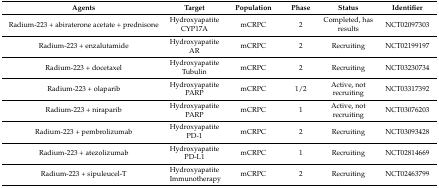
<table><thead><tr><td><b>Agents</b></td><td><b>Target</b></td><td><b>Population</b></td><td><b>Phase</b></td><td><b>Status</b></td><td><b>Identifier</b></td></tr></thead><tbody><tr><td>Radium-223 + abiraterone acetate + prednisone</td><td>HydroxyapatiteCYP17A</td><td>mCRPC</td><td>2</td><td>Completed, has results</td><td>NCT02097303</td></tr><tr><td>Radium-223 + enzalutamide</td><td>HydroxyapatiteAR</td><td>mCRPC</td><td>2</td><td>Recruiting</td><td>NCT02199197</td></tr><tr><td>Radium-223 + docetaxel</td><td>HydroxyapatiteTubulin</td><td>mCRPC</td><td>2</td><td>Recruiting</td><td>NCT03230734</td></tr><tr><td>Radium-223 + olaparib</td><td>HydroxyapatitePARP</td><td>mCRPC</td><td>1/2</td><td>Active, not recruiting</td><td>NCT03317392</td></tr><tr><td>Radium-223 + niraparib</td><td>HydroxyapatitePARP</td><td>mCRPC</td><td>1</td><td>Active, not recruiting</td><td>NCT03076203</td></tr><tr><td>Radium-223 + pembrolizumab</td><td>HydroxyapatitePD-1</td><td>mCRPC</td><td>2</td><td>Recruiting</td><td>NCT03093428</td></tr><tr><td>Radium-223 + atezolizumab</td><td>HydroxyapatitePD-L1</td><td>mCRPC</td><td>1</td><td>Recruiting</td><td>NCT02814669</td></tr><tr><td>Radium-223 + sipuleucel-T</td><td>HydroxyapatiteImmunotherapy</td><td>mCRPC</td><td>2</td><td>Recruiting</td><td>NCT02463799</td></tr></tbody></table>